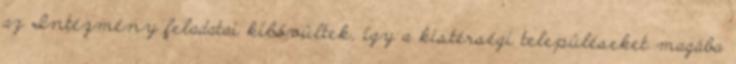
az Intézmény feladatai kibővültek, így a kistérségi településeket magába